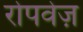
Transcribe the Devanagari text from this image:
रोपवेज़